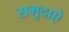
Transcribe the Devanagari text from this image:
समुदाऐ